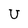
Character: U